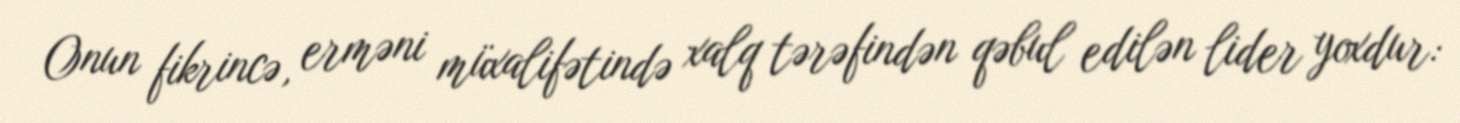
Onun fikrincə, erməni müxalifətində xalq tərəfindən qəbul edilən lider yoxdur: